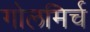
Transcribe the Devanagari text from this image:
गोलमिर्च